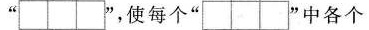
“”，使每个” ”中各个